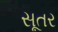
સૂતર